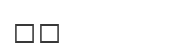
٨٢